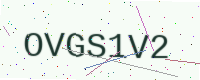
Text: OVGS1V2